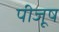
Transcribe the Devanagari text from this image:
पीजूष